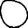
Digit: 0